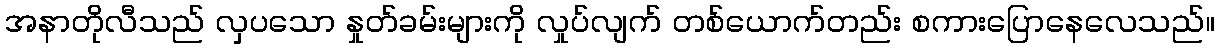
အနာတိုလီသည် လှပသော နှုတ်ခမ်းများကို လှုပ်လျက် တစ်ယောက်တည်း စကားပြောနေလေသည်။